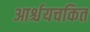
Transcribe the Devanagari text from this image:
आर्श्चयचकित